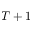
T + 1